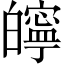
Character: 𤾱